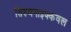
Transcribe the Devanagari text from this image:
तिरुवनाइक्कवल